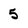
Character: 5